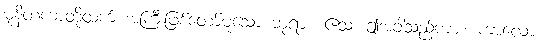
မုနိတကာတို့ထက် အကြီးဖြစ်တော်မူသော ဘုရား။ ဧသ၊ ဤအခါသည်ကား။ ကာလော၊